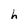
Character: h